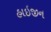
હાઇજીન